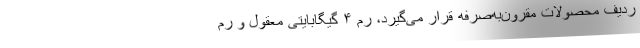
ردیف محصولات مقرون‌به‌صرفه قرار می‌گیرد، رم ۴ گیگابایتی معقول و رم